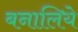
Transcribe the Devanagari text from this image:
बनालिये